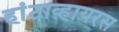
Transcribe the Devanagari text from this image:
हांटाव्हायरस